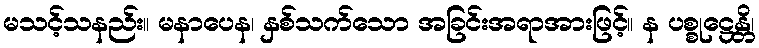
မသင့်သနည်း။ မနာပေန၊ နှစ်သက်သော အခြင်းအရာအားဖြင့်။ န ပစ္စုဋ္ဌေန္တိ၊